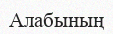
Алабының